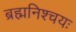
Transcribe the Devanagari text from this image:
ब्रह्मनिश्चयः